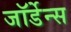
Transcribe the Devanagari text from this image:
जॉर्डेन्स